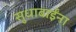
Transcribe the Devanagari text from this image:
सुधाबाईंना